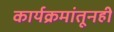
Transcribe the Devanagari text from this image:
कार्यक्रमांतूनही